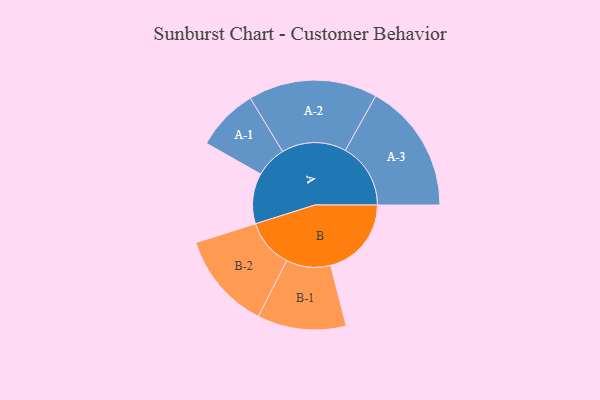
{"axis": {"x": "Segment", "y": "Value"}, "legend": ["", "A", "B"], "data": [{"x": "A", "y": 230, "type": ""}, {"x": "B", "y": 368, "type": ""}, {"x": "A-1", "y": 142, "type": "A"}, {"x": "A-2", "y": 294, "type": "A"}, {"x": "A-3", "y": 297, "type": "A"}, {"x": "B-1", "y": 202, "type": "B"}, {"x": "B-2", "y": 222, "type": "B"}]}